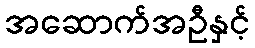
အဆောက်အဦနှင့်